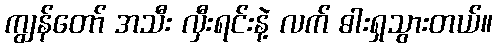
ကျွန်တော် အသီး လှီးရင်းနဲ့ လက် ဓါးရှသွားတယ်။